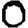
Digit: 0